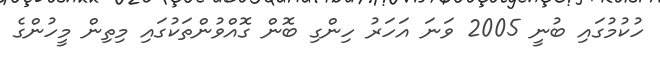
ހުކުމުގައި ބުނީ 2005 ވަނަ އަހަރު ހިންގި ބޮން ގޮއްވުންތަކުގައި މިތިން މީހުންގެ